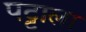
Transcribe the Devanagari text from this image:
पट्टाला